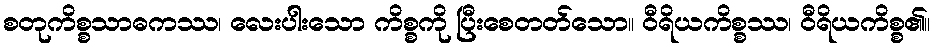
စတုကိစ္စသာဓကဿ၊ လေးပါးသော ကိစ္စကို ပြီးစေတတ်သော။ ဝီရိယကိစ္စဿ၊ ဝီရိယကိစ္စ၏။